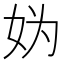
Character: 妫